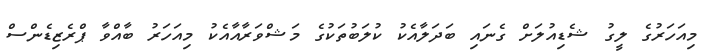
މިއަހަރުގެ ލީގު ޝެޑިއުލަށް ގެނައި ބަދަލާއެކު ކުލަބުތަކުގެ މަޝްވަރާއާއެކު މިއަހަރު ބާއްވާ ޕްރެޒިޑެންސް